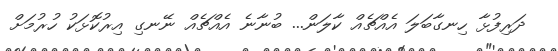
ދަރިފުޅާ ހިނގާބަލަ އެއްޗެއް ކާލަން... ބުނާނެ އެއްޗެއް ނޭނގި އިރުކޮޅަކު ހުރުމަށް